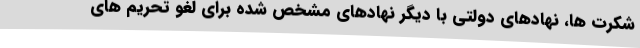
شکرت ها، نهادهای دولتی با دیگر نهادهای مشخص شده برای لغو تحریم های